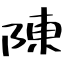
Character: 陳